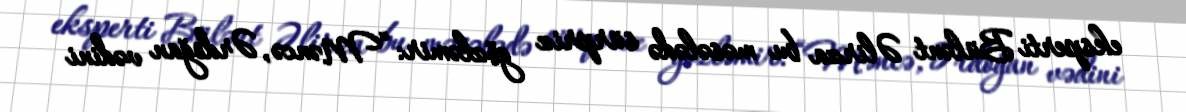
eksperti Bülənt Əlirza bu məsələdə sürpriz gözləmir: “Məncə, Ərdoğan vədini